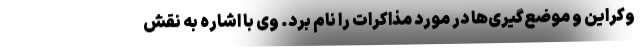
وکراین و موضع‌گیری‌ها در مورد مذاکرات را نام برد. وی با اشاره به نقش